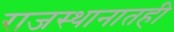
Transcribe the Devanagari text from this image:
राजस्थानातही